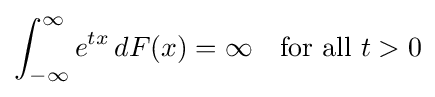
\int _{-\infty }^{\infty }e^{tx}\,dF(x)=\infty \quad {\mbox{for all }}t>0